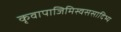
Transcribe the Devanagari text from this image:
कृवापाजिमिस्वससादिभ्य